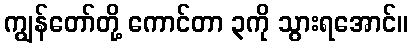
ကျွန်တော်တို့ ကောင်တာ ၃ကို သွားရအောင်။